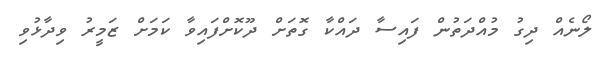
ލޯނެއް ދިގު މުއްދަތުން ފައިސާ ދައްކާ ގޮތަށް ދޫކޮށްފައިވާ ކަމަށް ޒަމީރު ވިދާޅުވި